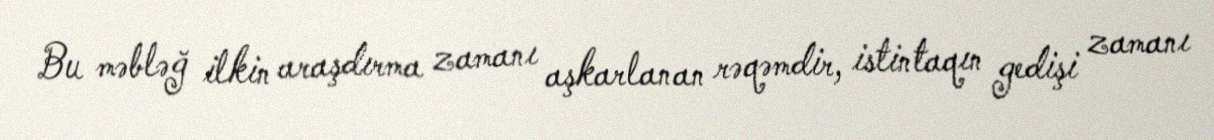
Bu məbləğ ilkin araşdırma zamanı aşkarlanan rəqəmdir, istintaqın gedişi zamanı